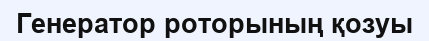
Генератор роторының қозуы